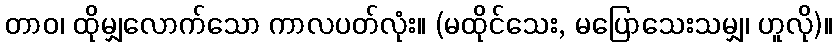
တာဝ၊ ထိုမျှလောက်သော ကာလပတ်လုံး။ (မထိုင်သေး, မပြောသေးသမျှ၊ ဟူလို)။